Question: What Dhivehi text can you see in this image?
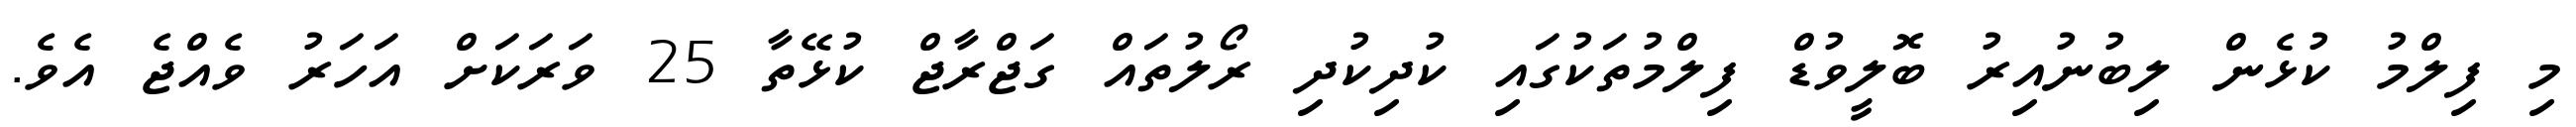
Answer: މި ފިލްމު ކުޅެން ލިބުނުއިރު ބޮލީވުޑް ފިލްމުތަކުގައި ކުދިކުދި ރޯލުތައް ގަޖްރާޖް ކުޅޭތާ 25 ވަރަކަށް އަހަރު ވެއްޖެ އެވެ.